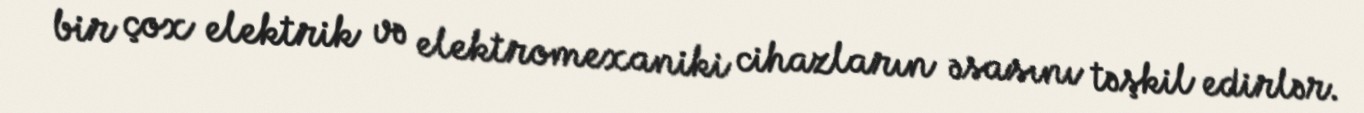
bir çox elektrik və elektromexaniki cihazların əsasını təşkil edirlər.